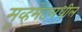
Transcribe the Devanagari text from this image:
मूव्हमेंटमधील